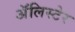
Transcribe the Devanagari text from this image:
अॅलिस्टेर